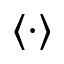
\langle \cdot \rangle